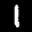
Label: 1